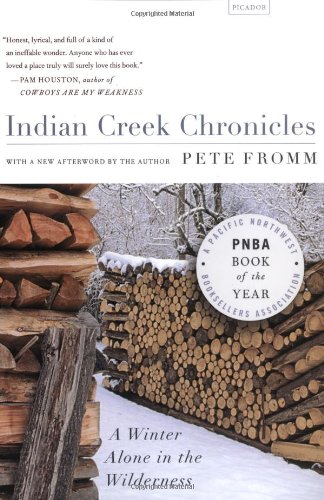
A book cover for Indian Creek Chronicles: A Winter Alone in the Wilderness; Pete Fromm; Science & Math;